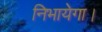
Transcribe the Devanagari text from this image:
निभायेगा।